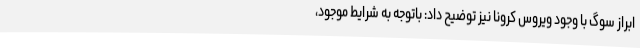
ابراز سوگ با وجود ویروس کرونا نیز توضیح داد: باتوجه به شرایط موجود،